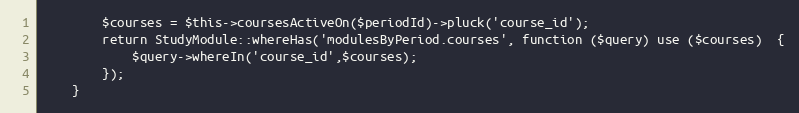
Language: PHP
        $courses = $this->coursesActiveOn($periodId)->pluck('course_id');
        return StudyModule::whereHas('modulesByPeriod.courses', function ($query) use ($courses)  {
            $query->whereIn('course_id',$courses);
        });
    }